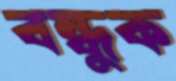
বন্ধুক